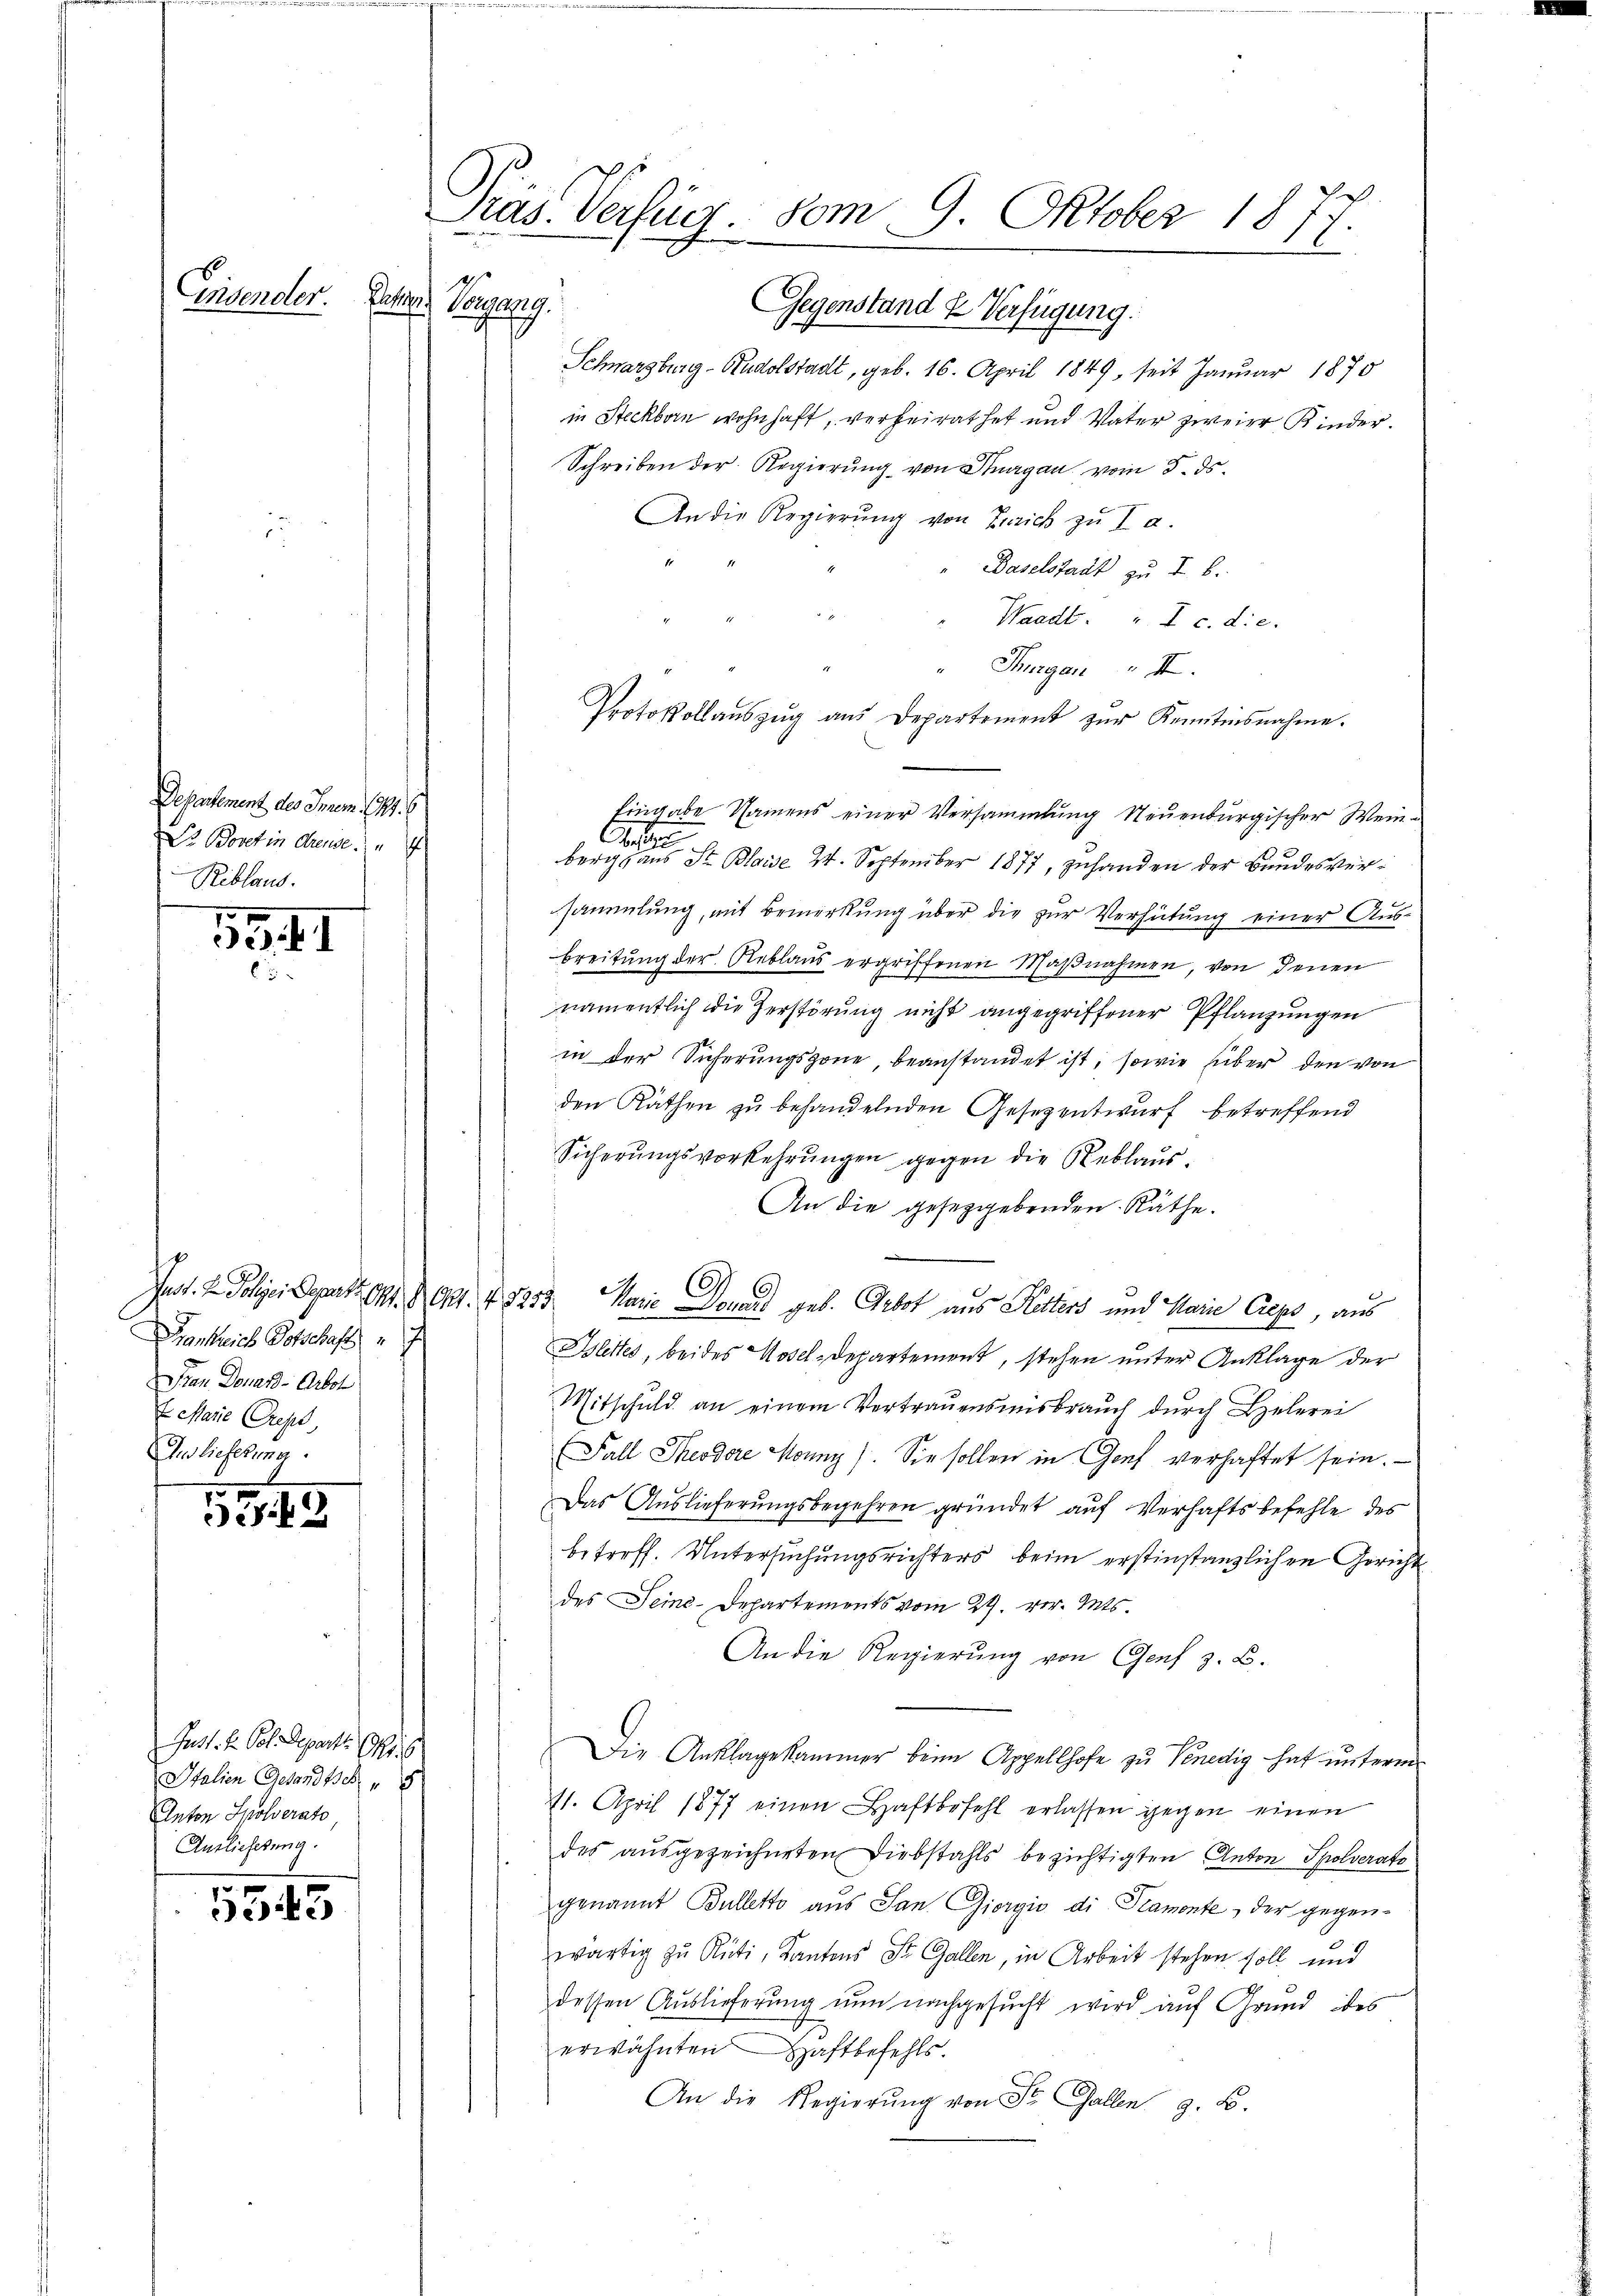
Departement des Innem 21. 6
Dr Boretin derende
Riblaus.

53. I
t

Bankreich Potschaft
Den Donanz-Arbol
t Marie Crept,
And lieferung

19.89

Eisender. Zetter, Vergang.

Juss. E. Pol. Depart OR. 6
Italien Gesandtsch
Anton Solerato
Auslieferung.

5345

Präs. Verfüg. vom 9. Oktober 1877.
p
Gegenstand & Verfügung.

Schwarzburg - Rudolstadt, geb. 16. April 1849, seit Januar 1870
in Steckborn wohnhaft, verheirathet und Vater zweier Kinder¬
Schreiben der Regierŭng von Thurgau vom 5. ds.
An die Regierung von Zürich zu I a.
Daselstadt zu I. B.
Waadt. " I c. die
Thurgau
Protokollaŭszŭg aŭs Departement zŭr Kenntnisnahme.
Eingabe Namens einer Versammlung Neuenburgischer Weinber eines St. Blaise 24. September 1877, zuhanden der Bundesversammlung, mit Bemerkung über die zur Verhütung einer Ausbreitung der Reblaus ergriffenen Maβnahmen, von denen
namentlich die Zerstörung nicht angegriffener Pflanzungen
in der Sicherungszöne, beanstandet ist, sowie über den von
den Räthen zu behandelnden Gesezentwurf betreffend
Sicherŭngsverkehrŭngen gegen die Reblaus.
An die gesetzgebenden Räthe.
Jast. In Folger Depart. 14. Sept. v. 1253 Marie Donaus geb. Gebot aus Ritters und Marie Gips, aus
Blittes, beides Assel-Departement, stehen unter Anklage der
Mitschuld an einem Vertraŭensmisbraŭch dŭrch Belerei
Fall Theodore Mouny. Sie sollen in Genf verhaftet sein.
Das Auslieferungsbegehren gründet auf Verhaftsbefehle des
betreff. Untersuchungsrichters beim erstinstanzlichen Gericht
des Seine-Departements vom 29. vor. Mts.
An die Regierung von Genf z. B.
Die Anklagekammer beim Appellhofe zu Venedig hat unterm
11. April 1877 einen Haftbefehl erlassen gegen einen
des ausgezeichneten Diebstahls bezichtigten Anton Spolverato
genannt Bulletto aus San Giorgio di Pamonte, der gegen-
wärtig zu Rüti, Kantons St. Gallen, in Arbeit stehen soll und
dessen Auslieferung nun nachgesucht wird auf Grund des
erwähnten Haftbefehls.
An die Regierŭng von St. Gallen z. B.